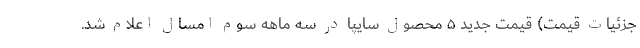
جزئیات قیمت) قیمت جدید ۵ محصول سایپا در سه ماهه سوم امسال اعلام شد.